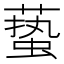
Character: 𱾞